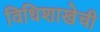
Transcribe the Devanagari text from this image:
विधिशाखेची